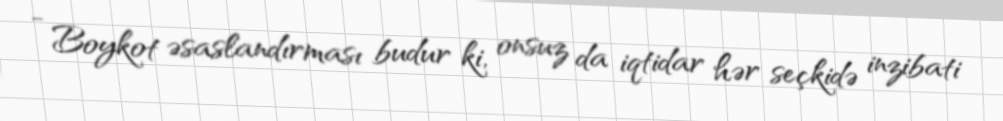
- Boykot əsaslandırması budur ki, onsuz da iqtidar hər seçkidə inzibati